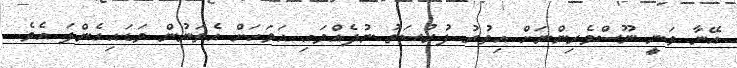
އޭނާ ވަނީ ނޫސްވެރިންނަށް އިތުރު ފުރުސަތު ނުދެއްވައި އަވަހަށް އެތަނުން ވަޑައިގެންފަ އެވެ.